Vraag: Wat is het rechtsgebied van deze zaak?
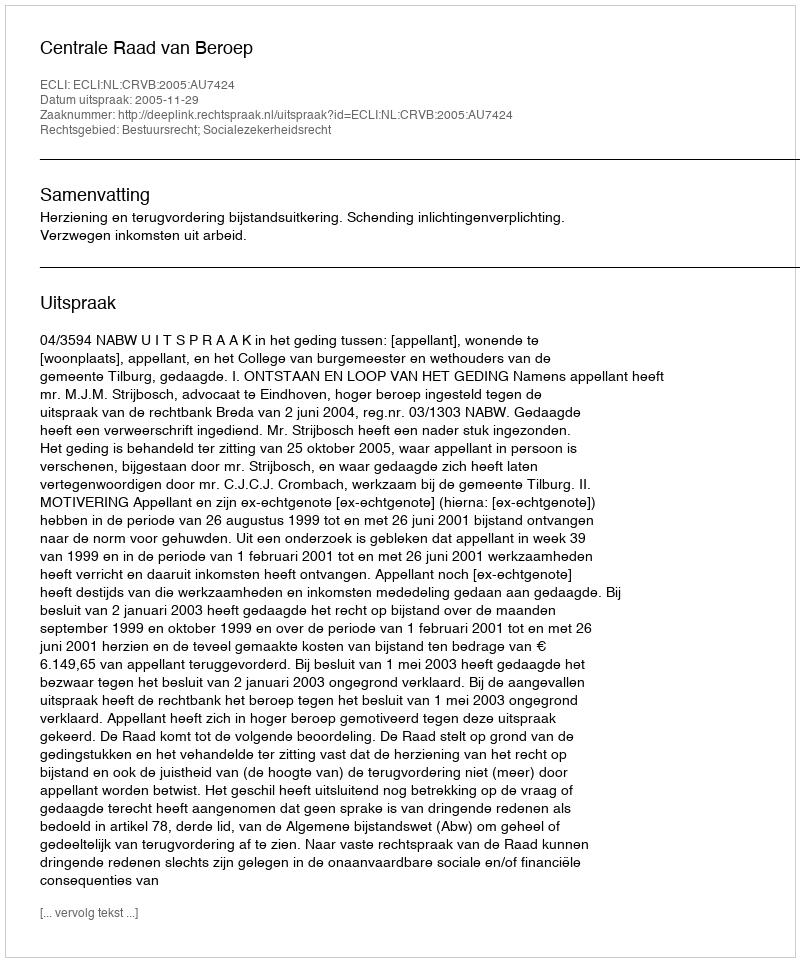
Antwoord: Bestuursrecht; Socialezekerheidsrecht